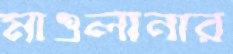
মাওলানার